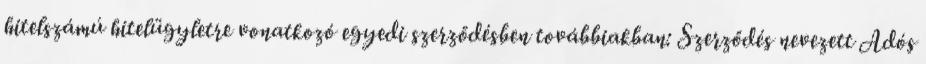
hitelszámú hitelügyletre vonatkozó egyedi szerződésben továbbiakban: Szerződés nevezett Adós